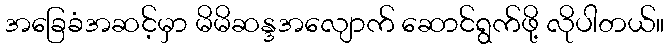
အခြေခံအဆင့်မှာ မိမိဆန္ဒအလျောက် ဆောင်ရွက်ဖို့ လိုပါတယ်။